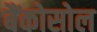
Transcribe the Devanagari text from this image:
बैंकोसोल